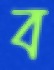
ব